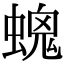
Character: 𧏩